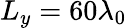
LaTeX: L_{y}=60\lambda_{0}